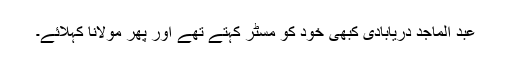
عبد الماجد دریابادی کبھی خود کو مسٹر کہتے تھے اور پھر مولانا کہلائے۔